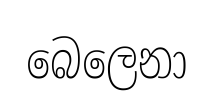
බෙලෙනා